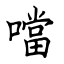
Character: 噹